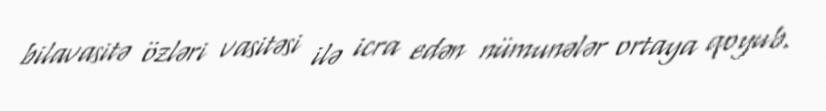
bilavasitə özləri vasitəsi ilə icra edən nümunələr ortaya qoyub.